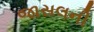
જાસલની